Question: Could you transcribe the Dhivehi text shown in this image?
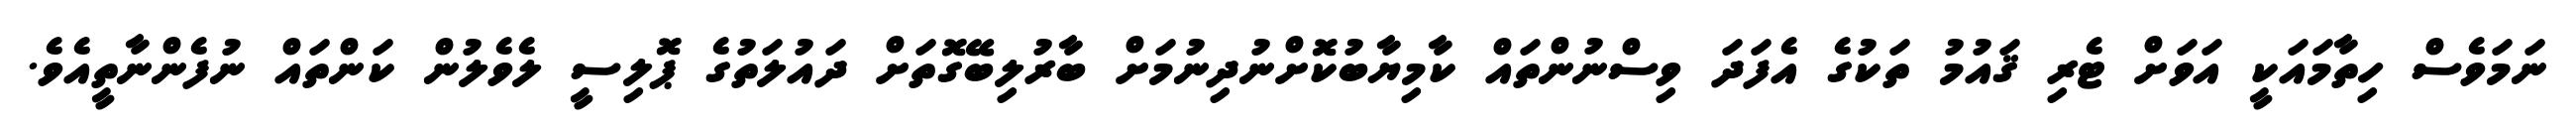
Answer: ނަމަވެސް ހިތާމައަކީ އަވަށް ޓެރި ޤައުމު ތަކުގެ އެފަދަ ވިސްނުންތައް ކާމިޔާބުކޮށްނުދިނުމަށް ބާރުލިބޭގޮތަށް ދައުލަތުގެ ޕޮލިސީ ލެވެލުން ކަންތައް ނުފެންނާތީއެވެ.